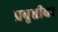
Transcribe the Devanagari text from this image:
प्रवृत्तीवर